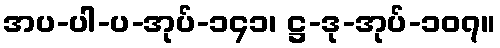
အပ-ပါ-ပ-အုပ်-၁၄၁၊ ဋ္ဌ-ဒု-အုပ်-၁၀၇။